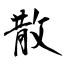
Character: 散